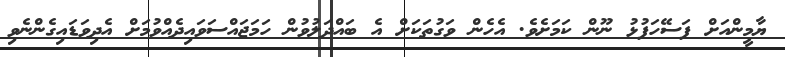
ޔާމީންއަށް ފަސޭހަފުޅު ނޫން ކަމަށެވެ. އެހެން ވަގުތަކަށް އެ ބައްދަލުވުން ހަމަޖައްސަވައިދެއްވުމަށް އެދިވަޑައިގެންނެވި